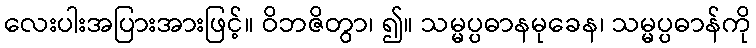
လေးပါးအပြားအားဖြင့်။ ဝိဘဇိတွာ၊ ၍။ သမ္မပ္ပဓာနမုခေန၊ သမ္မပ္ပဓာန်ကို